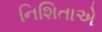
નિશિતાએ